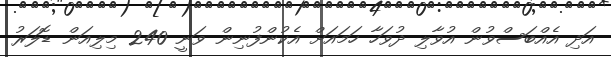
އަދި އެއްބަސްވުން އުވާލި ދުވަހާ ހަމައަށް އެކުންފުނިން ވަނީ 240 މިލިއަން ޑޮލަރު